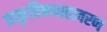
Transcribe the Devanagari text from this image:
प्राकृतिकवातावरण